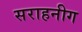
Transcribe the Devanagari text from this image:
सराहनीग